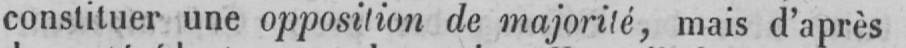
constituer une opposition de majorité, mais d’après